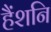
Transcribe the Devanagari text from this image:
हैंशनि